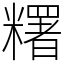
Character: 糬